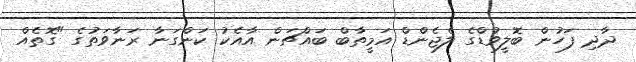
ދާދި ފަހުން ބޮލީވުޑްގެ ލެޖެންޑް އަމީތާބް ބައްޗަން އާއެކު ކަންގަނާ ރަނާވަތުގެ "ގޮތެއް